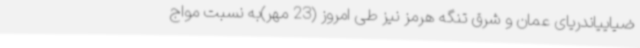
ضیاییاندریای عمان و شرق تنگه هرمز نیز طی امروز (23 مهر)به نسبت مواج